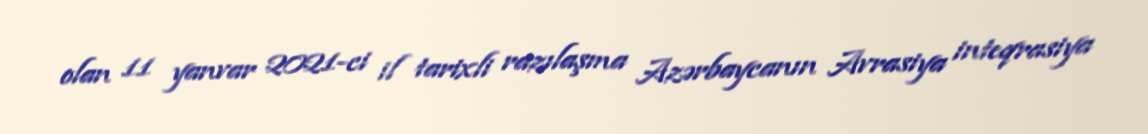
olan 11 yanvar 2021-ci il tarixli razılaşma Azərbaycanın Avrasiya inteqrasiya